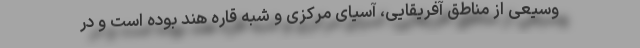
وسیعی از مناطق آفریقایی، آسیای مرکزی و شبه قاره هند بوده است و در